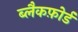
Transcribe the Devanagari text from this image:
ब्लैकफ़ोर्ड